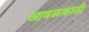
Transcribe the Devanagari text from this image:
आवळकाठी